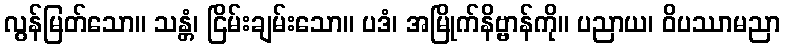
လွန်မြတ်သော။ သန္တံ၊ ငြိမ်းချမ်းသော။ ပဒံ၊ အမြိုက်နိဗ္ဗာန်ကို။ ပညာယ၊ ဝိပဿာမညာ